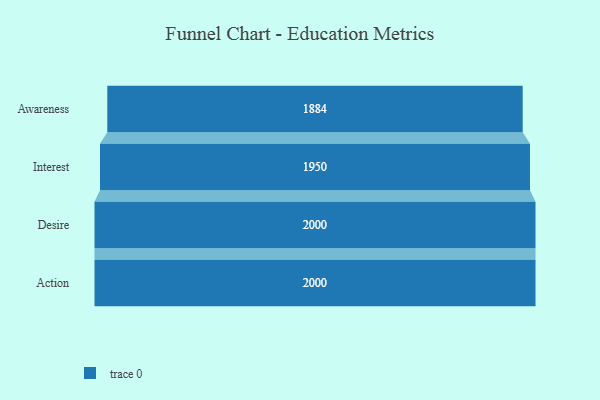
{"axis": {"x": "Stage", "y": "Value"}, "legend": [""], "data": [{"x": "Awareness", "y": 1884.0, "type": ""}, {"x": "Interest", "y": 1950.0, "type": ""}, {"x": "Desire", "y": 2000, "type": ""}, {"x": "Action", "y": 2000, "type": ""}]}